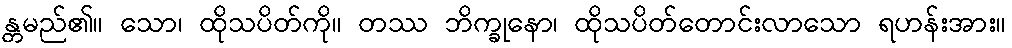
န္တမည်၏။ သော၊ ထိုသပိတ်ကို။ တဿ ဘိက္ခုနော၊ ထိုသပိတ်တောင်းလာသော ရဟန်းအား။